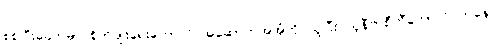
စစ်ပြီးခေတ်မှာ စိုက်ပျိုးရေးကောလိပ်အဆောက်အအုံကို ယူပြီး ယူနီဗာစီတီကောလိပ်ကနေ